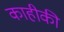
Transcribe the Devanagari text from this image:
काहीकी